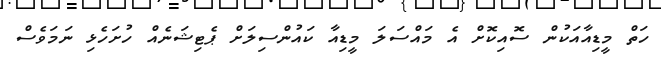
ހަތް މީޑިއާއަކުން ސޮއިކޮށް އެ މައްސަލަ މީޑިއާ ކައުންސިލަށް ޕެޓިޝަނެއް ހުށަހެޅި ނަމަވެސް